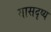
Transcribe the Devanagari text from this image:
यासदृष्य